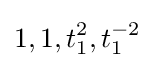
1,1,t_{1}^{2},t_{1}^{-2}